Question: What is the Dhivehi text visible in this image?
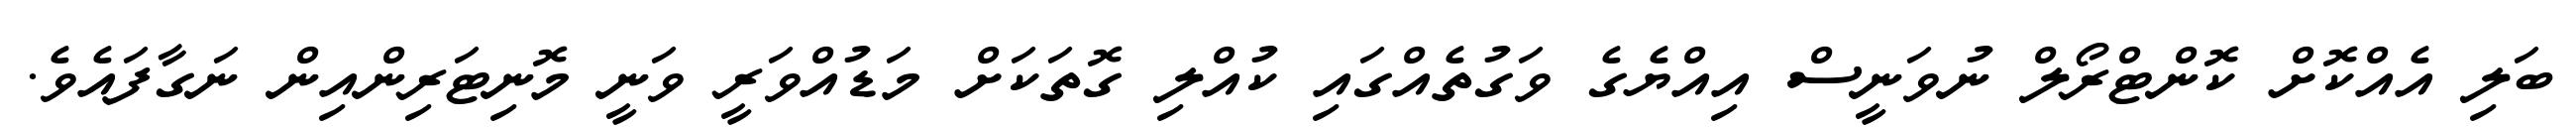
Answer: ބަލި އެއްކޮށް ކޮންޓްރޯލް ނުވަނީސް އިއްޔެގެ ވަގުތެއްގައި ކުއްލި ގޮތަކަށް މަޑުއްވަރީ ވަނީ މޮނިޓަރިންއިން ނަގާފައެވެ.